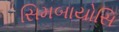
સિમબાયોસિ